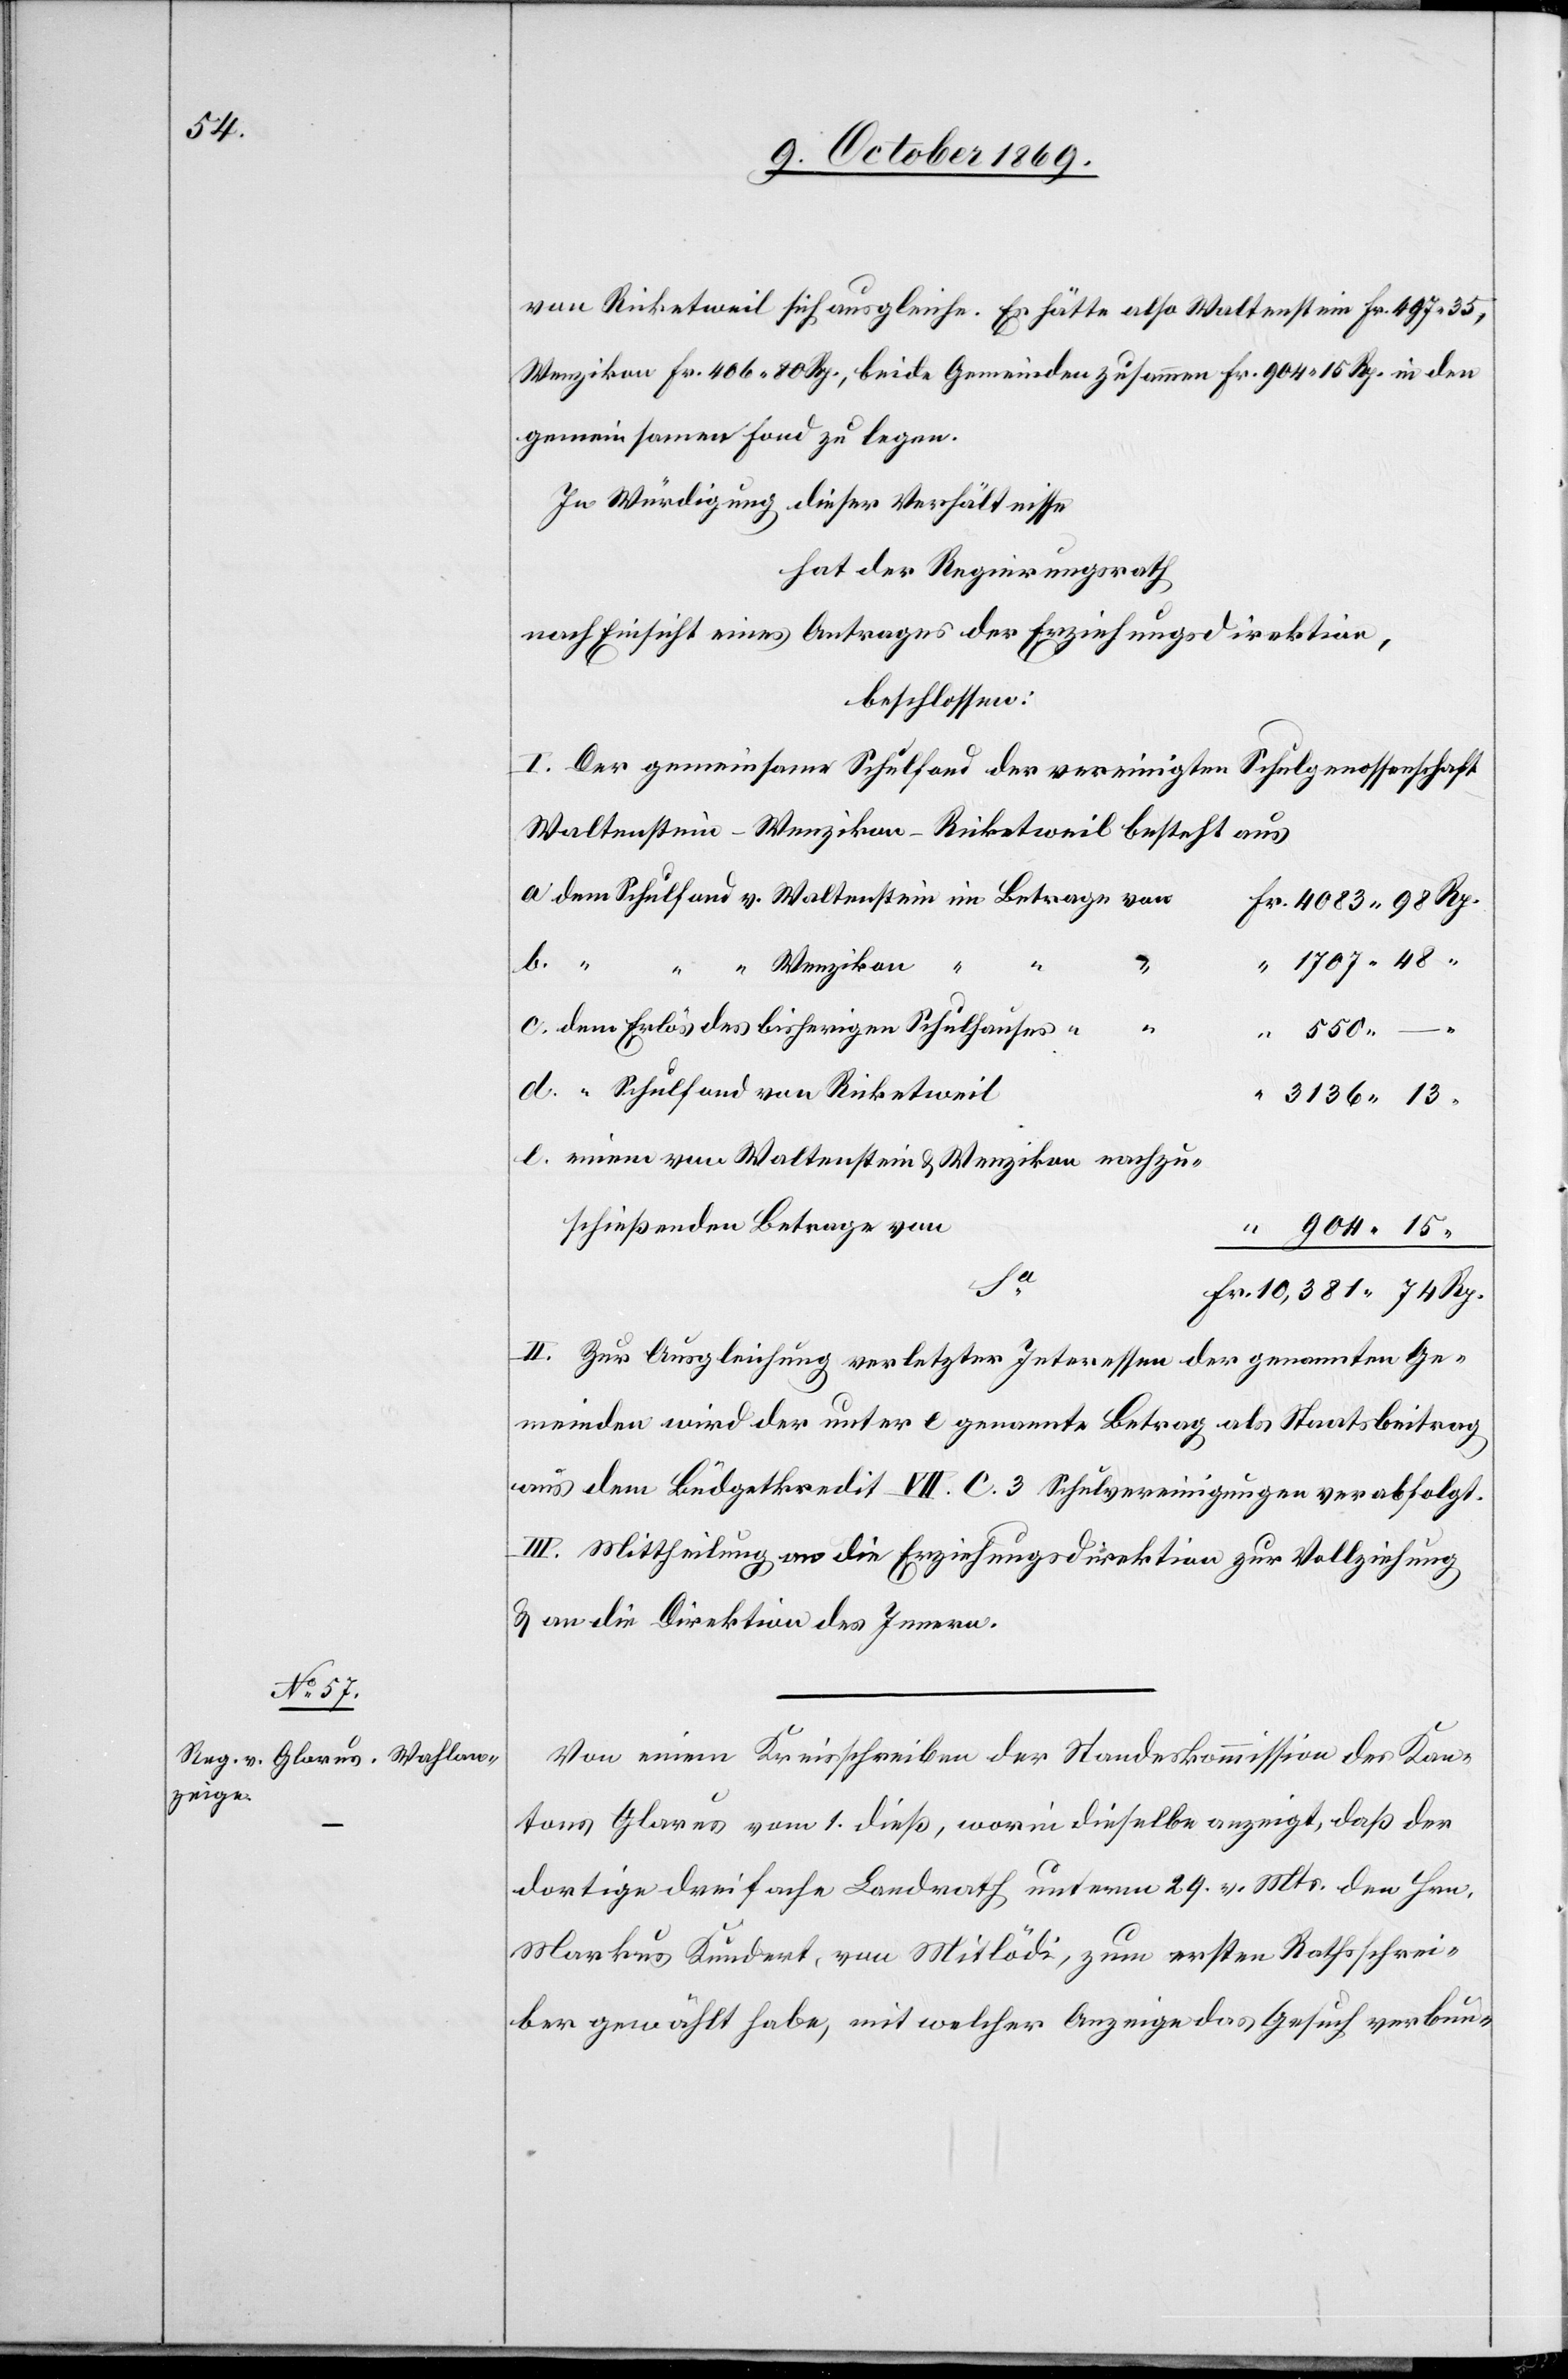
von Ricketweil sich ausgleiche. Es hätte also Waltenstein Fr. 497.35,
Wenzikon Fr. 406 80 Rp., beide Gemeinden zusammen Fr. 904 15 Rp. in den
gemeinsamen Fond zu legen.
In Würdigung dieser Verhältnisse
hat der Regierungsrath
nach Einsicht eines Antrages der Erziehungsdirektion,
beschlossen:
I. Der gemeinsame Schulfond der vereinigten Schulgenossenschaft
Waltenstein – Wenzikon – Ricketweil besteht aus
dem Schulfond v. Waltenstein im Betrage von
Fr. 4083 98 Rp.
b.
“ 1707 48
“
Wenzikon
“
“
e.
dem Erlös des bisherigen Schulhauses
“ Schulfond von Ricketweil
“ 3136 13
einem von Waltenstein & Wenzikon nachzu¬
schießenden Betrage von
“ 904 15
Sa
Fr. 10,381 74 Rp.
II. zur Ausgleichung verletzter Interessen der genannten Ge¬
meinden wird der unter e genannte Betrag als Staatsbeitrag
aus dem Büdgetkredit VII. C. 3 Schulvereinigungen verabfolgt.
III. Mittheilung an die Erziehungsdirektion zur Vollziehung
& an die Direktion des Innern.
Von einem Kreisschreiben der Standeskommission des Kan¬
tons Glarus vom 1. dieß, worin dieselbe anzeigt, daß der
dortige dreifache Landrath unterm 29. v. Mts. den Hrn.
Markus Kundert, von Mitlödi, zum ersten Rathsschrei¬
ber gewählt habe, mit welcher Anzeige das Gesuch verbun-